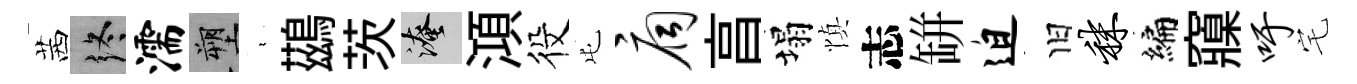
茜终濡塑裊鷀茨淹澒役屯扃亯塌慎志缾迫旧秣编䆿吁宅